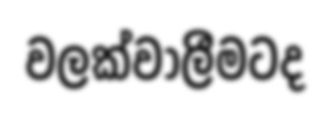
වලක්වාලීමටද